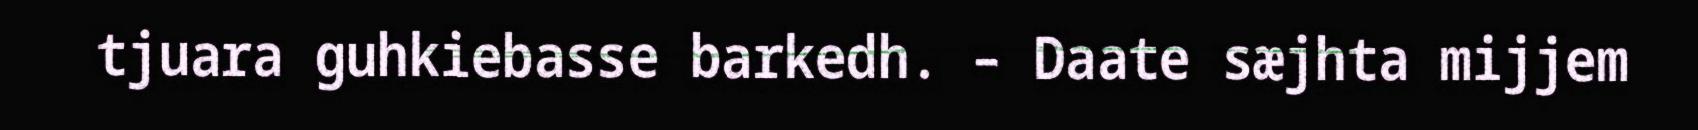
tjuara guhkiebasse barkedh. – Daate sæjhta mijjem